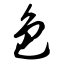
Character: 色